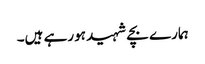
ہمارے بچے شہید ہورہے ہیں۔